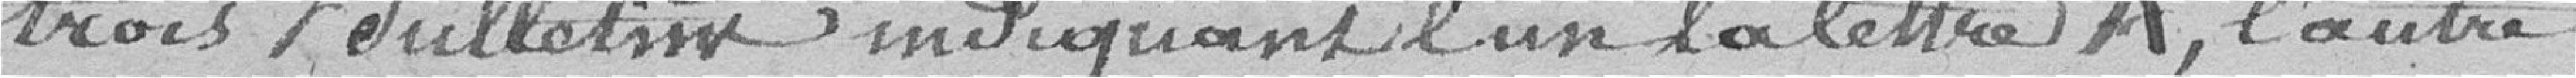
trois bulletins indiquant l'un a lettre a, l'autre